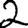
Digit: 2